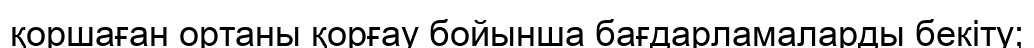
қоршаған ортаны қорғау бойынша бағдарламаларды бекіту;